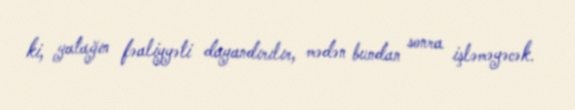
ki, yatağın fəaliyyəti dayandırılır, mədən bundan sonra işləməyəcək.